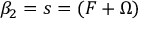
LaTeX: \beta _ { 2 } = s = ( F + \Omega )